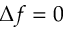
\Delta f = 0